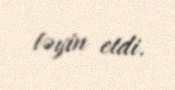
təyin etdi.